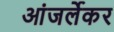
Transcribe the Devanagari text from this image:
आंजर्लेकर